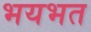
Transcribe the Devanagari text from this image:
भयभत